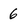
Character: 6